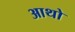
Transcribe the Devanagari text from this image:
आथो